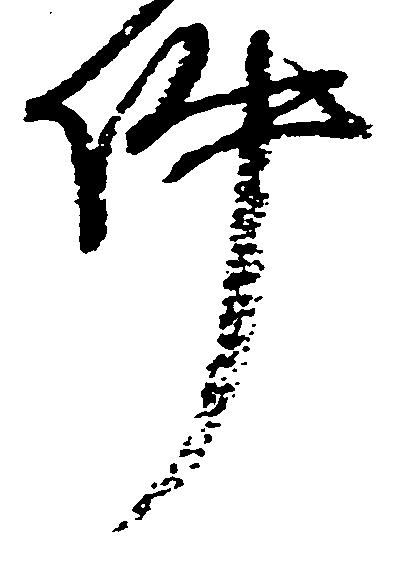
件